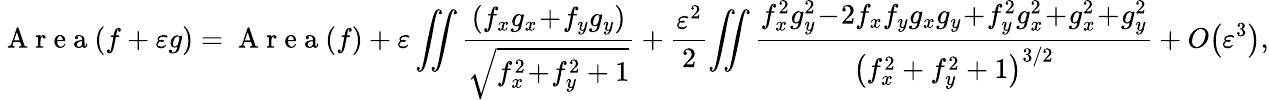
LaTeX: \mathrm{~A~r~e~a~}(f+\varepsilon g)=\mathrm{~A~r~e~a~}(f)+\varepsilon\iint\frac{(f_{x}g_{x}\! +\! f_{y}g_{y})}{\sqrt{f_{x}^{2}\! +\! f_{y}^{2}+1}}+\frac{\varepsilon^{2}}2\! \iint\frac{f_{x}^{2}g_{y}^{2}\! -\! 2f_{x}f_{y}g_{x}g_{y}\! +\! f_{y}^{2}g_{x}^{2}\! +\! g_{x}^{2}\! +\! g_{y}^{2}}{\left(f_{x}^{2}+f_{y}^{2}+1\right)^{3/2}}+O\big(\varepsilon^{3}\big),